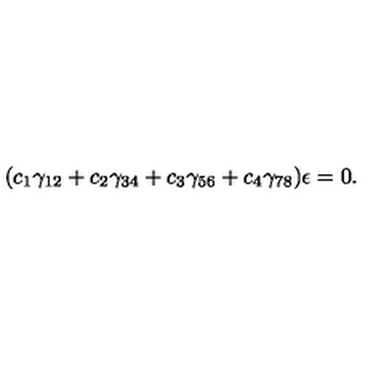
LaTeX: ( c _ { 1 } \gamma _ { 1 2 } + c _ { 2 } \gamma _ { 3 4 } + c _ { 3 } \gamma _ { 5 6 } + c _ { 4 } \gamma _ { 7 8 } ) \epsilon = 0 .